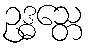
ဥဒ္ဓသ္တေ